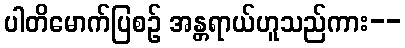
ပါတိမောက်ပြစဉ် အန္တရာယ်ဟူသည်ကား--